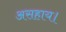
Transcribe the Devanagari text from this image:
असहाय।